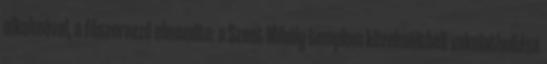
alkalmával, a főszervező elmondta: a Szent Mihály-templom közelmúltbeli vakolathullása